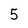
Character: 5